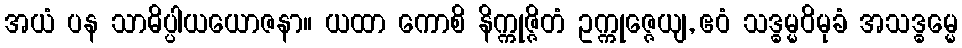
အယံ ပန သာဓိပ္ပါယယောဇနာ။ ယထာ ကောစိ နိက္ကုဇ္ဇိတံ ဥက္ကုဇ္ဇေယျ, ဧဝံ သဒ္ဓမ္မဝိမုခံ အသဒ္ဓမ္မေ